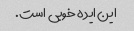
این ایده خوبی است.